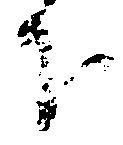
下